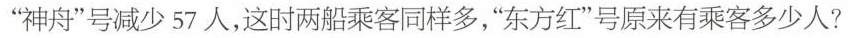
”神舟”号减少57人，这时两船乘客同样多，”东方红”号原来有乘客多少人?